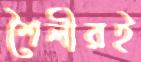
শৈলীরই